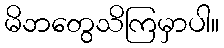
မိဘတွေသိကြမှာပါ။